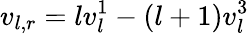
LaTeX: v_{l,r}=lv_{l}^{1}-(l+1)v_{l}^{3}